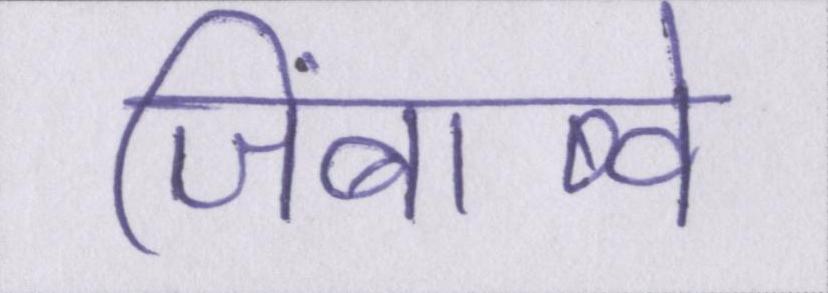
जिंबाब्वे